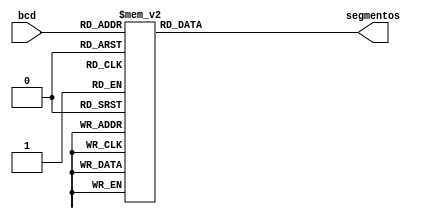
// Conversor BCD a 7 segmentos

module BCD_7segmentos(
	input [4:0] bcd,
	output reg [6:0] segmentos //MSB = a  ; LSB = g
);

always@(bcd)	begin
	case(bcd)
		5'b00000: segmentos <= 7'b1111110; 
		5'b00001: segmentos <= 7'b0110000; 
		5'b00010: segmentos <= 7'b1101101; 
		5'b00011: segmentos <= 7'b1111001; 
		5'b00100: segmentos <= 7'b0110011; 
		5'b00101: segmentos <= 7'b1011011; 
		5'b00110: segmentos <= 7'b1011111; 
		5'b00111: segmentos <= 7'b1110000; 
		5'b01000: segmentos <= 7'b1111111; 
		5'b01001: segmentos <= 7'b1111011; 
		5'b01010: segmentos <= 7'b1110111; 
		5'b01011: segmentos <= 7'b0011111; 
		5'b01100: segmentos <= 7'b1001110; 
		5'b01101: segmentos <= 7'b0111101; 
		5'b01110: segmentos <= 7'b1001111; 
		5'b01111: segmentos <= 7'b1000111;
		5'b10000: segmentos <= 7'b0000000;
		5'b10001: segmentos <= 7'b0000001;
		default: segmentos <= 7'b0000000;
	endcase
	
end

endmodule